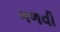
ગળવી